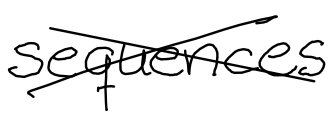
Text: sequences
Cross-out: cross
Writing tool: digital_black